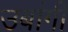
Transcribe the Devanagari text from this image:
उबांगी